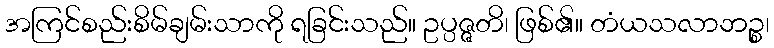
အကြင်စည်းစိမ်ချမ်းသာကို ရခြင်းသည်။ ဥပ္ပဇ္ဇတိ၊ ဖြစ်၏။ တံယသလာဘဉ္စ၊